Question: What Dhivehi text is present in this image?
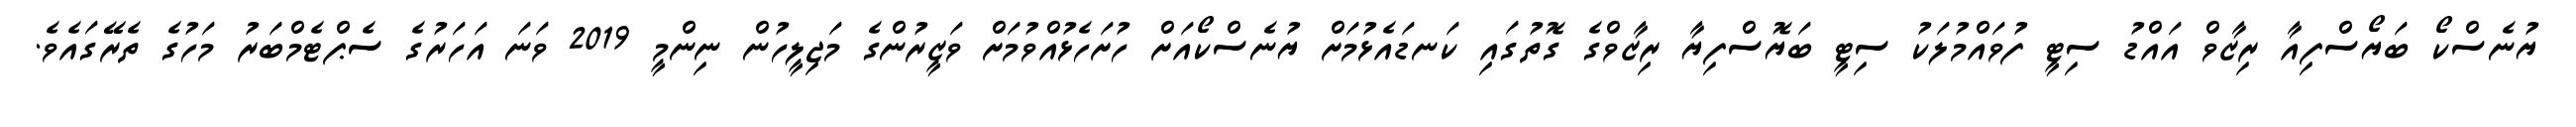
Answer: ޔުނެސްކޯ ބަޔޯސްފިއާ ރިޒާވް އައްޑު ސިޓީ ފުވައްމުލަކު ސިޓީ ބަޔޮސްފިޔާ ރިޒާވްގެ ގޮތުގައި ކަނޑައެޅުމަށް ޔުނެސްކޯއަށް ހުށަހެޅުއްވުމަށް ވަޒީރުންގެ މަޖިލީހުން ނިންމީ 2019 ވަނަ އަހަރުގެ ސެޕްޓެމްބަރު މަހުގެ ތެރޭގައެވެ.